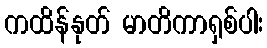
ကထိန်နုတ် မာတိကာရှစ်ပါး